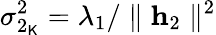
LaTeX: \sigma_{2_{\mathsf{K}}}^{2}=\lambda_{1}/\parallel\mathbf{{h}}_{2}\parallel^{2}